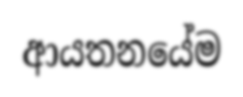
ආයතනයේම